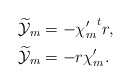
\begin{align*}&\widetilde{\mathcal{Y}}_{m}=-{\chi'_{m}}^{t}r,\\&\widetilde{\mathcal{Y}}_{m}=-r\chi'_{m}.\end{align*}